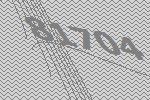
81704